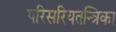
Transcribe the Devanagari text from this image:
परिसरियतन्त्रिका